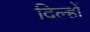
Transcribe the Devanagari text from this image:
दिल्हों